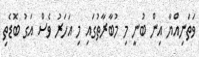
ވަތަނިއްޔާ އިން ބުނީ މި މުބާރާތުގައި މި އަހަރު ވެސް އަގު ބޮޑެތި